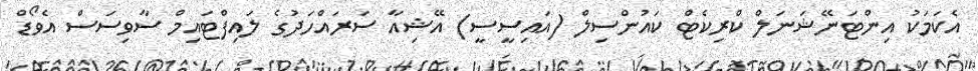
އެކަމަކު އިންޓަނޭޝަނަލް ކްރިކެޓް ކައުންސިލް (އައިސީސީ) އޭޝިއާ ސަރައްހަދުގެ ލައިފްޓައިމް ސާވިސަސް އެވޯޑް